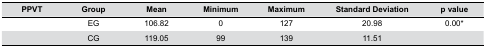
<table><thead><tr><td><b>PPVT</b></td><td><b>Group</b></td><td><b>Mean</b></td><td><b>Minimum</b></td><td><b>Maximum</b></td><td><b>Standard Deviation</b></td><td><b>p value</b></td></tr></thead><tbody><tr><td> </td><td>EG</td><td>106.82</td><td>0</td><td>127</td><td>20.98</td><td>0.00*</td></tr><tr><td> </td><td>CG</td><td>119.05</td><td>99</td><td>139</td><td>11.51</td><td> </td></tr></tbody></table>